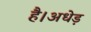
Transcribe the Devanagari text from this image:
है।अधेड़